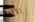
الأقوياء